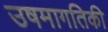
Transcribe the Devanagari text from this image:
उषमागतिकी